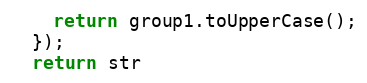
Language: JavaScript
    return group1.toUpperCase();
  });
  return str